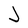
Character: J